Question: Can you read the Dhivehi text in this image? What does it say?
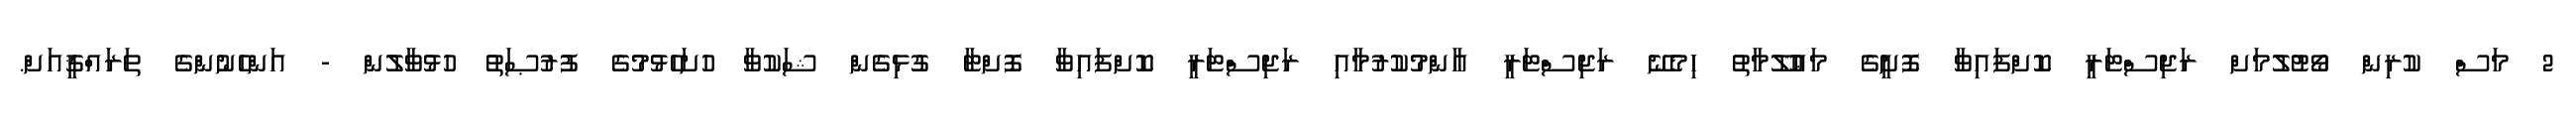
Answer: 2 މަސް ކުރިން ވޯޓުލުމަށް ރަޖިސްޓަރީ ކޮށްފައިވާ ފޮށީގެ މަޢުލޫމާތު ހިމެނޭ ރަޖިސްޓަރީ ޢާންމުކުރުމާއި ރަޖިސްޓަރީ ކޮށްފައިވާ ފޮށްޓާ ގުޅިގެން ޝަކުވާ ހުށަހެޅުމުގެ ފުރުޞަތު ހުޅުވާލުން - އަންހެނުންގެ ތަރައްޤީއަށް.